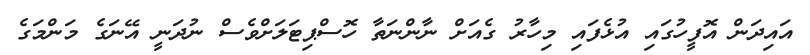
އައިދަން އޮފީހުގައި އުޅެފައި މިހާރު ގެއަށް ނާންނަތާ ހޮސްޕިޓަލަށްވެސް ނުދަނީ އޭނަގެ މަންމަގެ